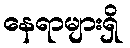
နေရာများရှိ